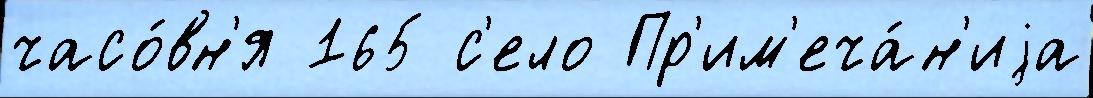
часо́вн'я 165 с'ело Пр'им'еча́н'иjа